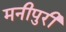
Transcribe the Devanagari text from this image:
मनीपुरी